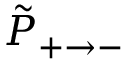
\tilde { P } _ { + \rightarrow - }